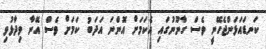
ކަނޑައަޅަންޖެހޭނީ ވެސް ގާނޫނުގައި އެކަމަށް އޮންނަ އަދަބު ކަމަށް ވެސް އޭނާ ވިދާޅުވި